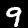
Digit: 9